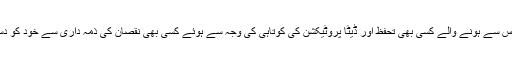
WPO آپ کے اپنے الیکٹرانک ڈیوائس سے ہونے والے کسی بھی تحفظ اور ڈیٹا پروٹیکشن کی کوتاہی کی وجہ سے ہوئے کسی بھی نقصان کی ذمہ داری سے خود کو دستبردار قرار دیتا ہے۔